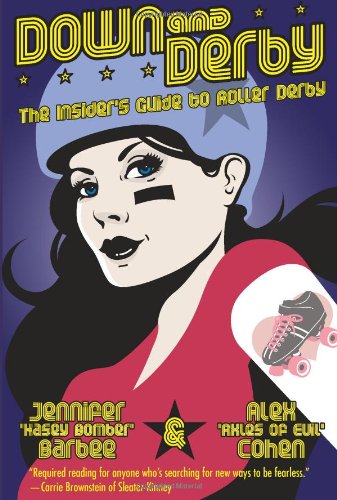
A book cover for Down and Derby: The Insider's Guide to Roller Derby; Alex Cohen; Sports & Outdoors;